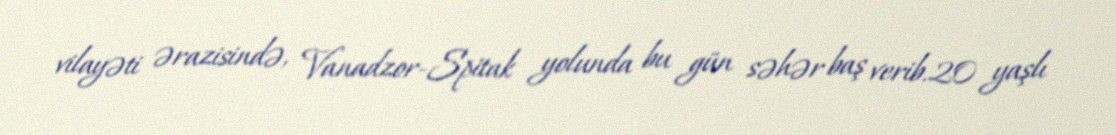
vilayəti ərazisində, Vanadzor-Spitak yolunda bu gün səhər baş verib.20 yaşlı